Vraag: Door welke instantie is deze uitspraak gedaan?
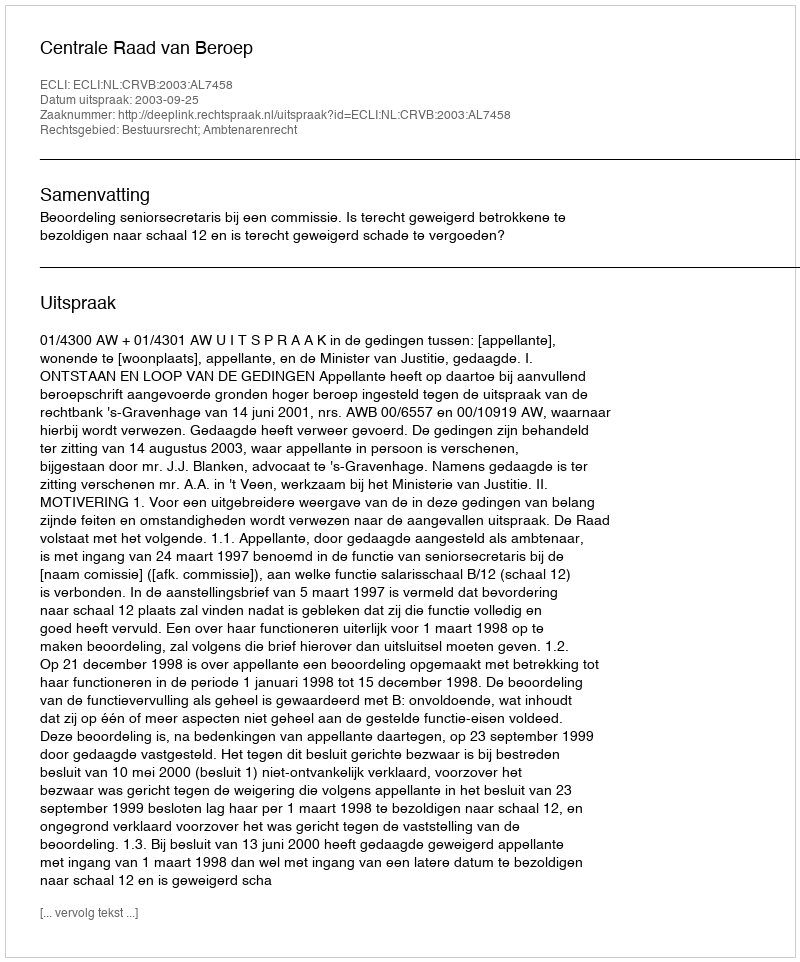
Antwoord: Centrale Raad van Beroep